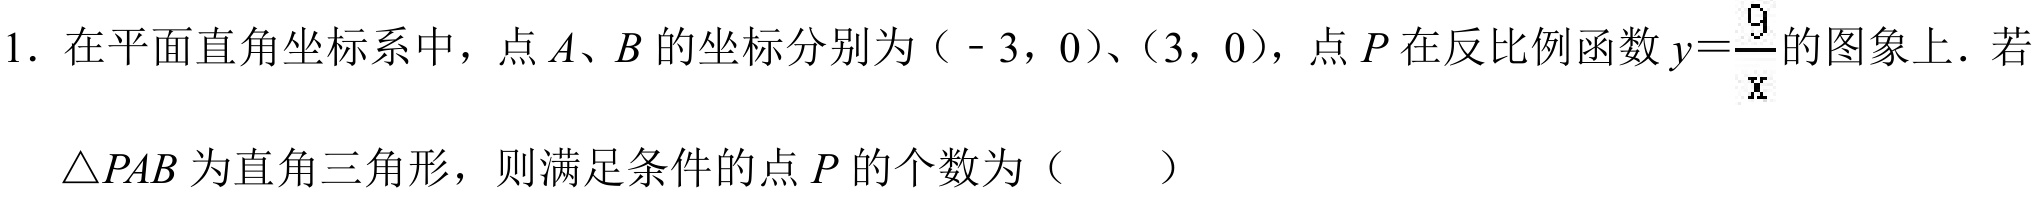
1. 在平面直角坐标系中，点\(A\)、\(B\)的坐标分别为（\(-3\)，\(0\)）、（\(3\)，\(0\)），点\(P\)在反比例函数\(y = \frac{9}{x}\)的图象上．若
\(\triangle PAB\)为直角三角形，则满足条件的点\(P\)的个数为（  ）